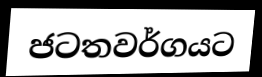
ජටතවර්ගයට